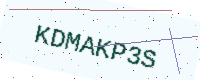
Text: KDMAKP3S